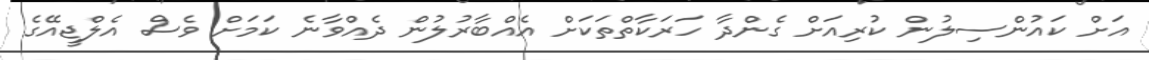
އަށް ކައުންސިލުން ކުރިއަށް ގެންދާ ހަރަކާތްތަކަށް އެއްބާރުލުން ދެއްވާނެ ކަމަށް ވެސް އެލްޖީއޭގެ